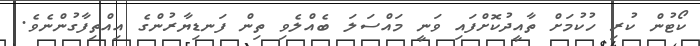
ކޯޓުން ކުރި ހުކުމަށް ތާއީދުކޮށްފައި ވަނީ މައްސަލަ ބެއްލެވި ތިން ފަނޑިޔާރުންގެ އިއްތިފާގުންނެވެ.